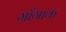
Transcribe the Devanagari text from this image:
माँगाक